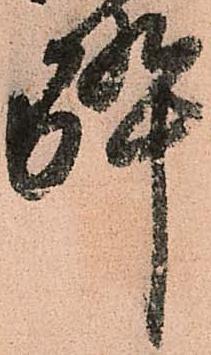
酔